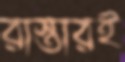
রাস্তারই